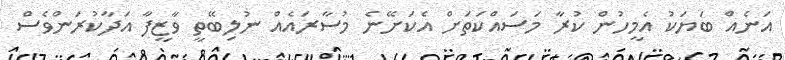
އަނެއް ބަޔަކު އެމީހުން ކުރާ މަސައްކަތަށް އެކަށޭނެ މުސާރައެއް ނުލިބޭތީ ވާޒީފާ އަދާކުރަންވެސް